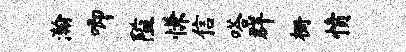
瀚唧隘慊信嗒群栅愤